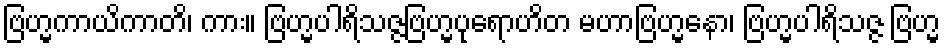
ဗြဟ္မကာယိကာတိ၊ ကား။ ဗြဟ္မပါရိသဇ္ဇဗြဟ္မပုရောဟိတ မဟာဗြဟ္မနော၊ ဗြဟ္မပါရိသဇ္ဇ ဗြဟ္မ